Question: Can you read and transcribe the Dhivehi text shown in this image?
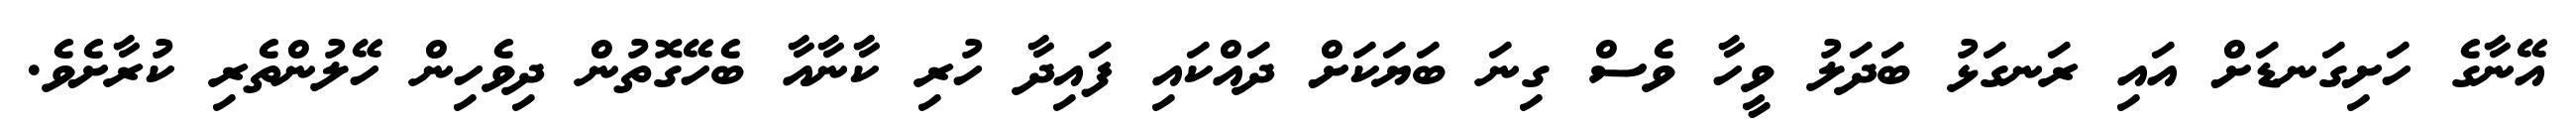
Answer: އޭނާގެ ހަށިގަނޑަށް އައި ރަނގަޅު ބަދަލު ވީހާ ވެސް ގިނަ ބަޔަކަށް ދައްކައި ފައިދާ ހުރި ކާނާއާ ބެހޭގޮތުން ދިވެހިން ހޭލުންތެރި ކުރާށެވެ.